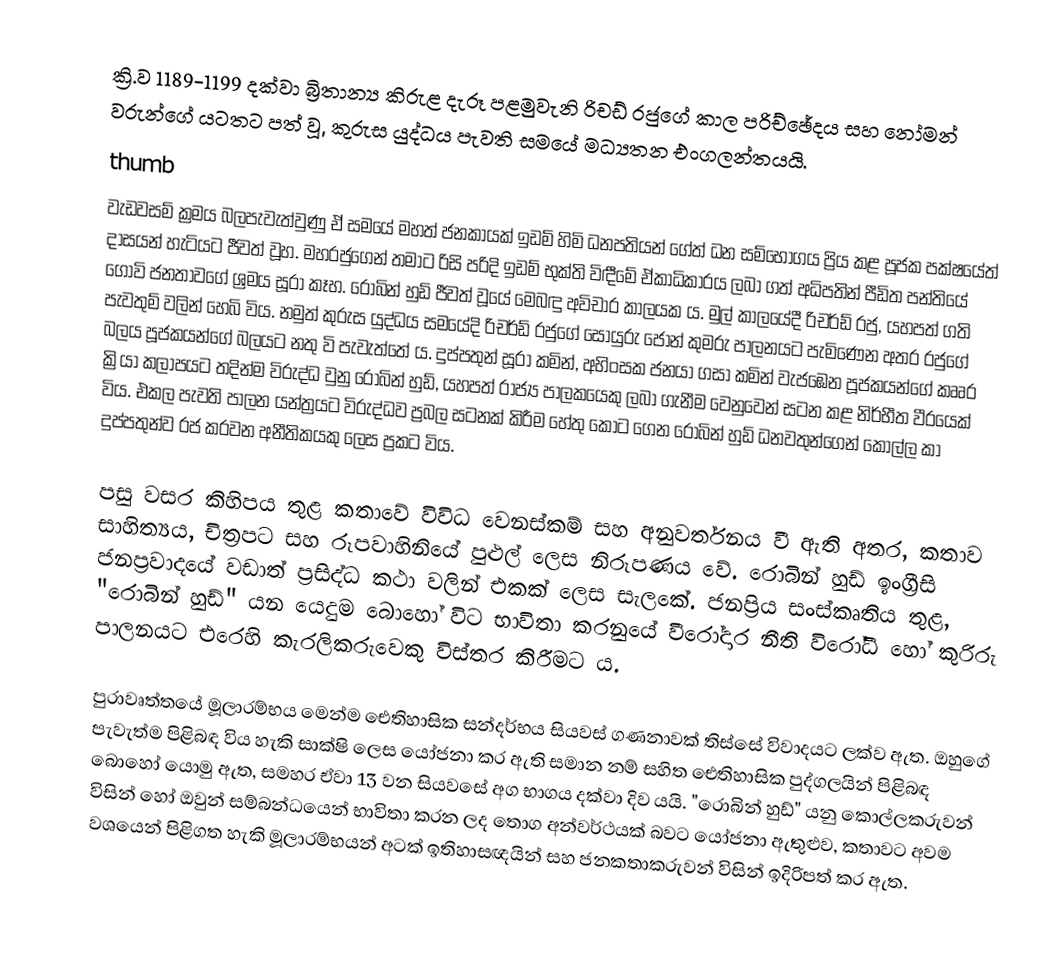
ක්‍රි.ව 1189-1199 දක්වා බ්‍රිතාන්‍ය කිරුළ දැරූ පළමුවැනි රිචඩ් රජුගේ කාල පරිච්ඡේදය සහ නෝමන් වරුන්ගේ යටතට පත් වූ, කුරුස යුද්ධය පැවති සමයේ මධ්‍යතන එංගලන්තයයි.
thumb
වැඩවසම් ක්‍රමය බලපැවැත්වුණු  ඒ සමයේ මහත් ජනකායක්  ඉඩම් හිමි ධනපතියන් ගේත්  ධන සම්භෝගය ප්‍රිය කළ පූජක පක්ෂයේත් දාසයන් හැටියට ජීවත් වූහ. මහරජුගෙන් තමාට රිසි පරිදි  ඉඩම් භුක්ති විඳීමේ ඒකාධිකාරය ලබා ගත් අධිපතින් පීඩිත පන්තියේ ගොවි ජනතාවගේ ශ්‍රමය සූරා කෑහ. රොබින් හුඩ් ජීවත් වූයේ මෙබඳු අවිචාර කාලයක ය. මුල් කාලයේදී රිචර්ඩ් රජු, යහපත් ගති පැවතුම් වලින් හෙබි විය. නමුත් කුරුස යුද්ධය සමයේදි රිචර්ඩ් රජුගේ සොයුරු ජෝන් කුමරු පාලනයට පැමිණෙන අතර රජුගේ බලය පූජකයන්ගේ බලයට නතු වි පැවැත්තේ ය. දුප්පතුන් සූරා කමින්, අහිංසක ජනයා ගසා කමින් වැජඹෙන පූජකයන්ගේ කෲර ක්‍රියා කලාපයට තදින්ම විරුද්ධ වුනු රොබින් හුඩ්, යහපත් රාජ්‍ය පාලකයෙකු ලබා ගැනීම වෙනුවෙන් සටන කළ නිර්භීත වීරයෙක් විය. එකල පැවති පාලන යන්ත්‍රයට විරුද්ධව ප්‍රබල සටනක් කිරීම හේතු කොට ගෙන රොබින් හුඩ් ධනවතුන්ගෙන් කොල්ල කා දුප්පතුන්ව රජ කරවන අනීතිකයකු ලෙස ප්‍රකට විය.

පසු වසර කිහිපය තුළ කතාවේ විවිධ වෙනස්කම් සහ අනුවර්තනය වී ඇති අතර, කතාව සාහිත්‍යය, චිත්‍රපට සහ රූපවාහිනියේ පුළුල් ලෙස නිරූපණය වේ. රොබින් හුඩ් ඉංග්‍රීසි ජනප්‍රවාදයේ වඩාත් ප්‍රසිද්ධ කථා වලින් එකක් ලෙස සැලකේ. ජනප්‍රිය සංස්කෘතිය තුළ, "රොබින් හුඩ්" යන යෙදුම බොහෝ විට භාවිතා කරනුයේ වීරෝදාර නීති විරෝධී හෝ කුරිරු පාලනයට එරෙහි කැරලිකරුවෙකු විස්තර කිරීමට ය.

පුරාවෘත්තයේ මූලාරම්භය මෙන්ම ඓතිහාසික සන්දර්භය සියවස් ගණනාවක් තිස්සේ විවාදයට ලක්ව ඇත. ඔහුගේ පැවැත්ම පිළිබඳ විය හැකි සාක්ෂි ලෙස යෝජනා කර ඇති සමාන නම් සහිත ඓතිහාසික පුද්ගලයින් පිළිබඳ බොහෝ යොමු ඇත, සමහර ඒවා 13 වන සියවසේ අග භාගය දක්වා දිව යයි. "රොබින් හුඩ්" යනු කොල්ලකරුවන් විසින් හෝ ඔවුන් සම්බන්ධයෙන් භාවිතා කරන ලද තොග අන්වර්ථයක් බවට යෝජනා ඇතුළුව, කතාවට අවම වශයෙන් පිළිගත හැකි මූලාරම්භයන් අටක් ඉතිහාසඥයින් සහ ජනකතාකරුවන් විසින් ඉදිරිපත් කර ඇත.